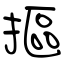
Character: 摳